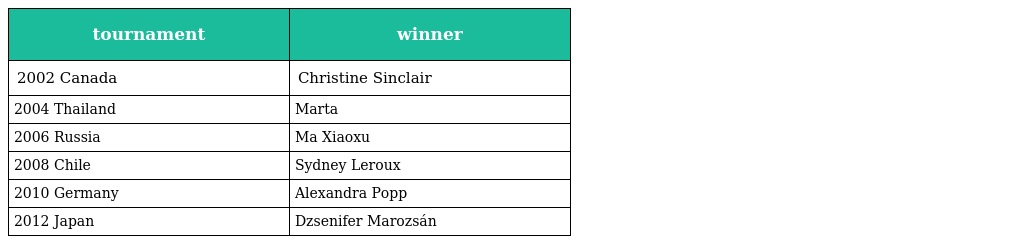
| tournament | winner |
 | --- | --- |
 | 2002 Canada | Christine Sinclair |
 | 2004 Thailand | Marta |
 | 2006 Russia | Ma Xiaoxu |
 | 2008 Chile | Sydney Leroux |
 | 2010 Germany | Alexandra Popp |
 | 2012 Japan | Dzsenifer Marozsán |